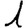
Digit: 1